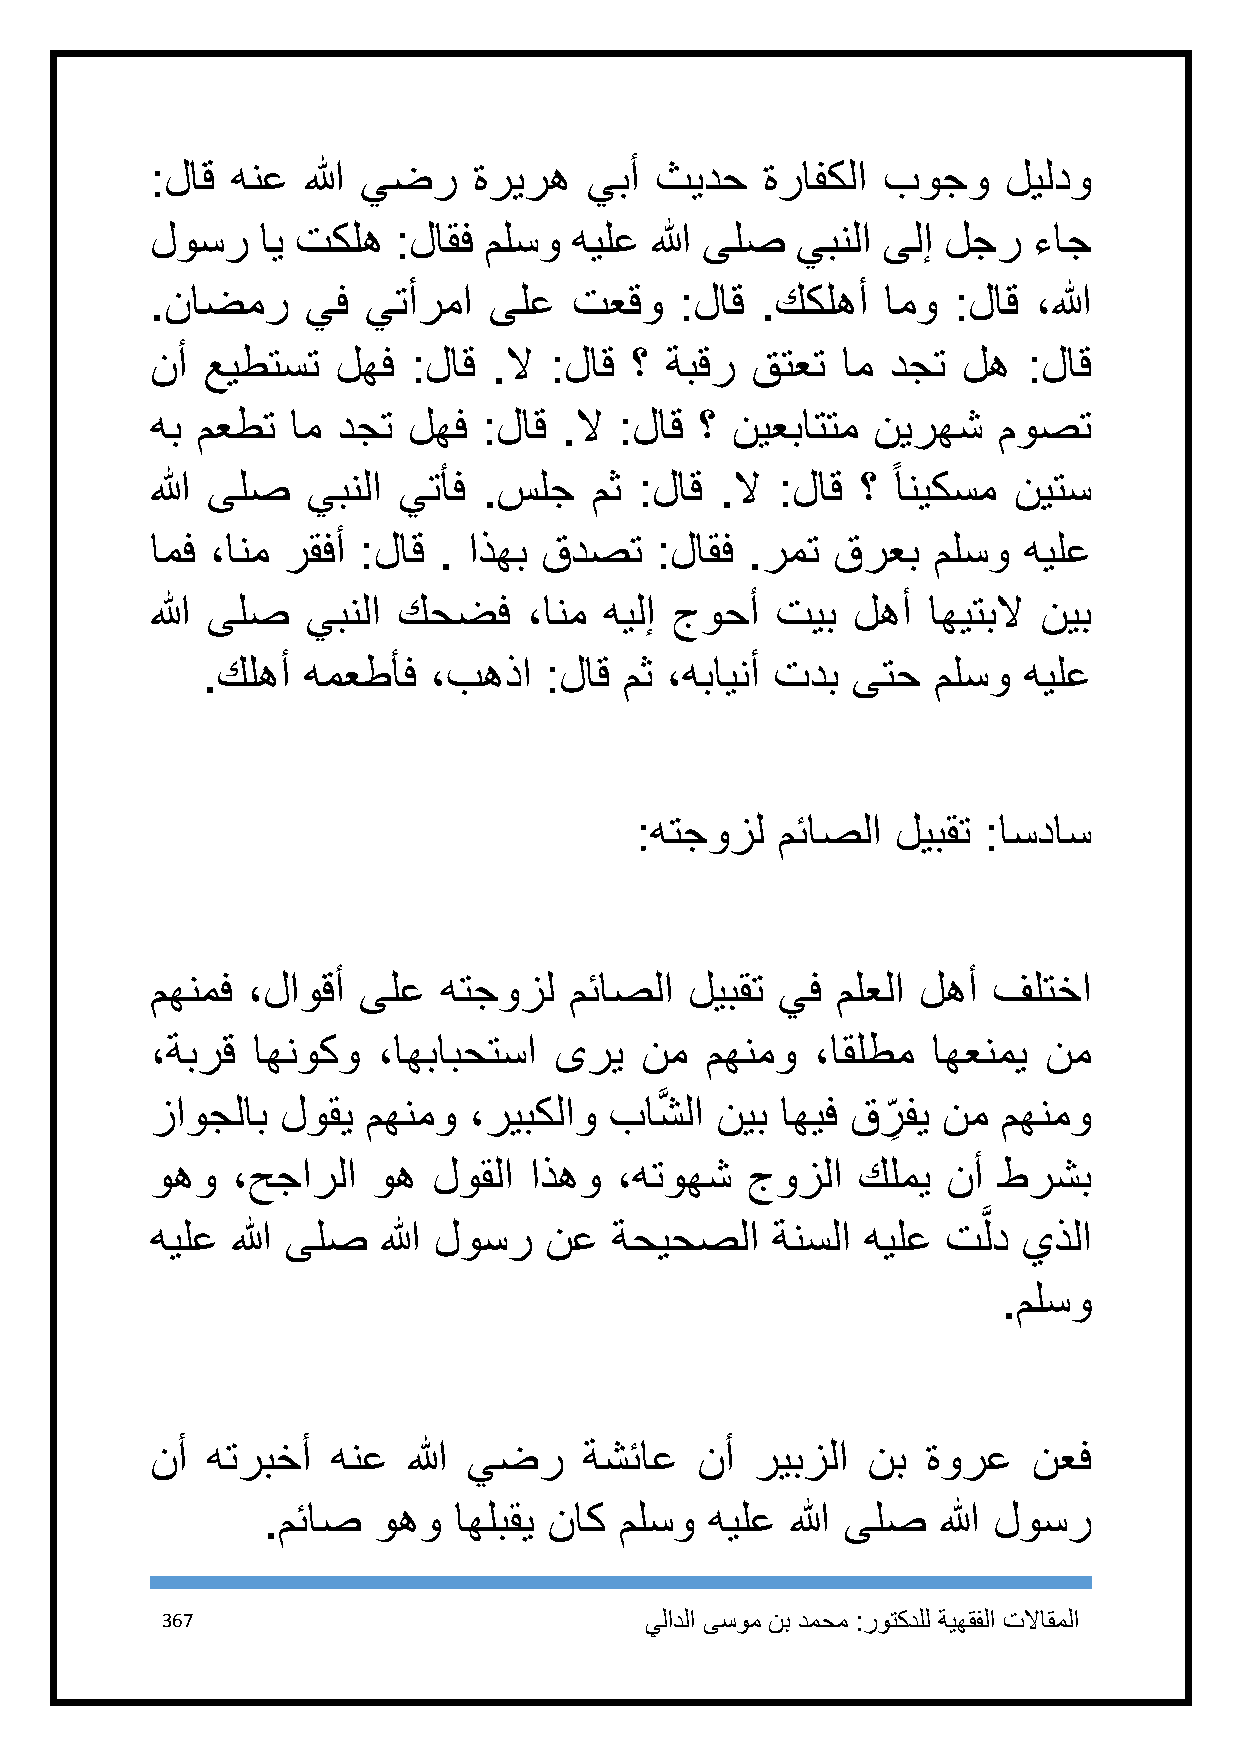
:لاق هنع  الله يضر   ةريره   يبأ ثيدح   ةرافكلا بوجو     ليلدو
 لوسر   اي تكله  :لاقف ملسو  هيلع الله ىلص  يبنلا ىلإ لجر  ءاج
 .ناضمر    يف  يتأرما  ىلع   تعقو   :لاق .ككلهأ   امو :لاق  ،الله
 نأ عيطتست   لهف  :لاق  .لا :لاق ؟ ةبقر  قتعت  ام دجت  له  :لاق
 هب معطت  ام دجت  لهف  :لاق .لا :لاق ؟ نيعباتتم  نيرهش   موصت
 ً
 الله ىلص  يبنلا يتأف  .سلج   مث :لاق  .لا :لاق ؟ انيكسم  نيتس
 امف ،انم رقفأ :لاق . اذهب قدصت   :لاقف .رمت  قرعب   ملسو  هيلع
 الله ىلص  يبنلا كحضف     ،انم هيلإ جوحأ  تيب  لهأ  اهيتبلا نيب
 .كلهأ  همعطأف  ،بهذا   :لاق مث ،هباينأ تدب ىتح   ملسو  هيلع
 :هتجوزل  مئاصلا  ليبقت :اسداس
 مهنمف ،لاوقأ  ىلع  هتجوزل   مئاصلا  ليبقت يف ملعلا لهأ  فلتخا
 ،ةبرق  اهنوكو  ،اهبابحتسا  ىري  نم   مهنمو  ،اقلطم  اهعنمي نم
 زاوجلاب  لوقي مهنمو  ،ريبكلاو با شَّ لا نيب اهيف قر
 ِ
 في نم مهنمو
 وهو  ،حجارلا   وه  لوقلا اذهو  ،هتوهش  جوزلا   كلمي  نأ طرشب
 َّ
 هيلع الله ىلص  الله لوسر  نع  ةحيحصلا    ةنسلا هيلع  تلد  يذلا
 .ملسو
 نأ  هتربخأ  هنع  الله يضر    ةشئاع  نأ  ريبزلا نب  ةورع   نعف
 .مئاص   وهو  اهلبقي ناك ملسو  هيلع الله ىلص  الله لوسر
 367                             يلادلا ىسوم نب دمحم :روتكدلل ةيهقفلا تلااقملا